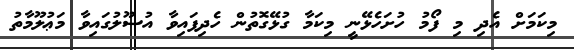
މިކަމަށް އެދި މި ފޯމު ހުށަހެޅޭނީ މިކަމާ ގުޅޭގޮތުން ހެދިފައިވާ އުސޫލުގައިވާ މަޢުލޫމާތު